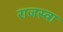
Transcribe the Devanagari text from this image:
राजस्वा